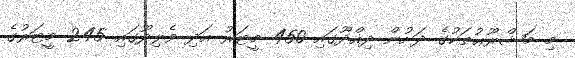
މި މަޝްރޫޢުތަކުގެ ދަށުން ދިއްދޫގައި 450 މީޓަރު އަދި ވެލިދޫގައި 245 މީޓަރުގެ